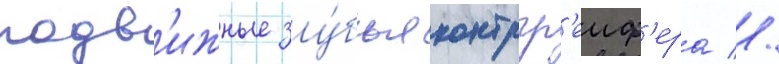
подв'ижные зу́бья контргр'еиф'ера //